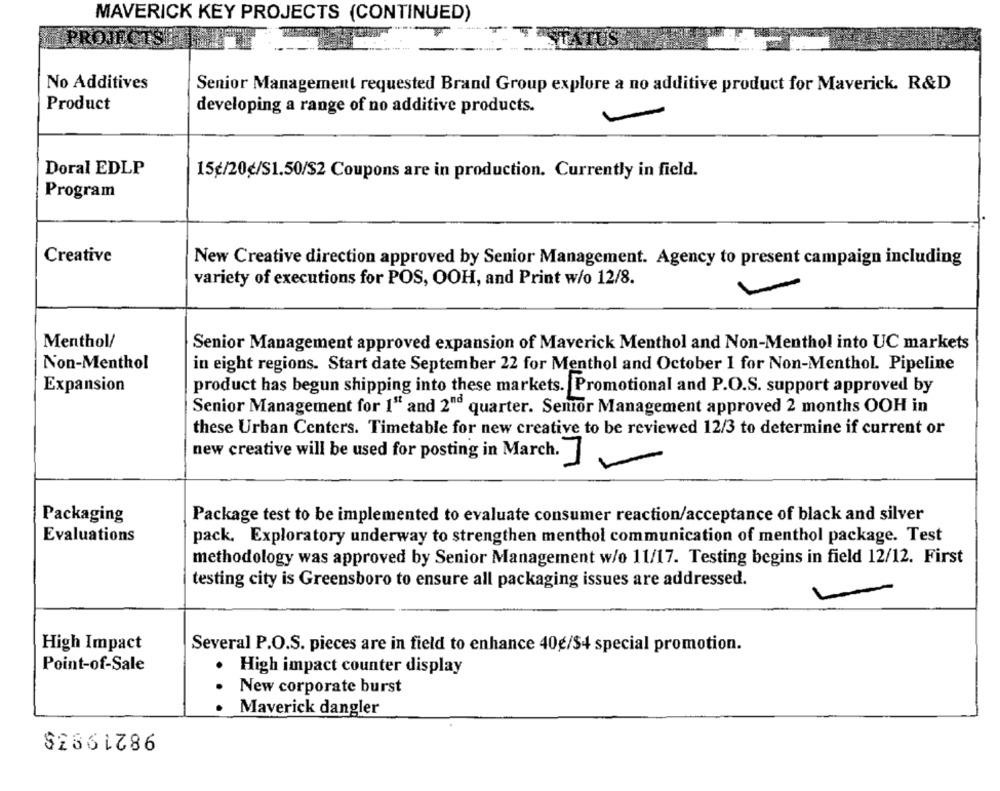
MAVERICK KEY PROJECTS (CONTINUED)
No Additives
Senior Management requested Brand Group explore a no additive product for Maverick. R&D
Product
developing a range of no additive products.
Doral EDLP
15¢/20€/S1.50/S2 Coupons are in production. Currently in field.
Program
Creative
New Creative direction approved by Senior Management. Agency to present campaign including
variety of executions for POS, OOH, and Print w/o 12/8.
Menthol/
Senior Management approved expansion of Maverick Menthol and Non-Menthol into UC markets
Non-Menthol
in eight regions. Start date September 22 for Menthol and October 1 for Non-Menthol. Pipeline
Expansion
product has begun shipping into these markets. Promotional and P.O.S. support approved by
Senior Management for 1" and 2"d quarter. Senior Management approved 2 months OOH in
these Urban Centers. Timetable for new creative to be reviewed 12/3 to determine if current or
new creative will be used for posting in March.7
Packaging
Package test to be implemented to evaluate consumer reaction/acceptance of black and silver
Evaluations
pack. Exploratory underway to strengthen menthol communication of menthol package. Test
methodology was approved by Senior Management w/o 11/17. Testing begins in field 12/12. First
testing city is Greensboro to ensure all packaging issues are addressed.
High Impact
Several P.O.S. pieces are in field to enhance 40€/$4 special promotion.
Point-of-Sale
· High impact counter display
New corporate burst
· Maverick dangler
$2551786